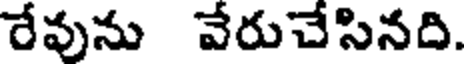
రేవును వేరుచేసినది.